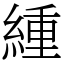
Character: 緟